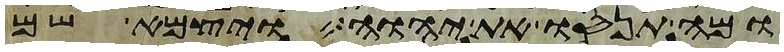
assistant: ומה תנסו את יהוה ויצמא שם